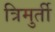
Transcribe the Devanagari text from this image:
त्रिमुर्ती